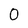
Character: 0